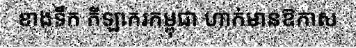
ខាងទឹក កីឡាករកម្ពុជា ហាក់មានឱកាស